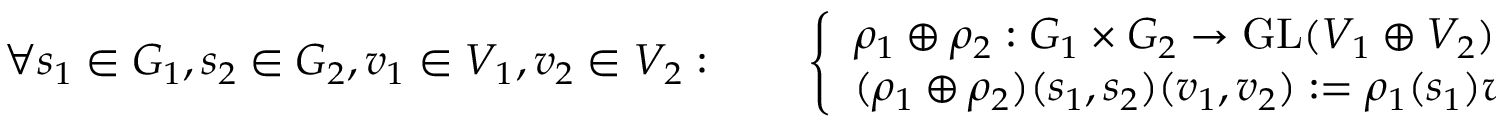
\forall s _ { 1 } \in G _ { 1 } , s _ { 2 } \in G _ { 2 } , v _ { 1 } \in V _ { 1 } , v _ { 2 } \in V _ { 2 } : \qquad { \left\{ \begin{array} { l l } { \rho _ { 1 } \oplus \rho _ { 2 } : G _ { 1 } \times G _ { 2 } \to { \mathrm { G L } } ( V _ { 1 } \oplus V _ { 2 } ) } \\ { ( \rho _ { 1 } \oplus \rho _ { 2 } ) ( s _ { 1 } , s _ { 2 } ) ( v _ { 1 } , v _ { 2 } ) : = \rho _ { 1 } ( s _ { 1 } ) v _ { 1 } \oplus \rho _ { 2 } ( s _ { 2 } ) v _ { 2 } } \end{array} \right. }